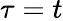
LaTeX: \tau=t